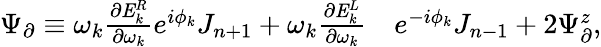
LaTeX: \begin{array}{rl}{\Psi_{\partial}\equiv\omega_{k}\frac{\partial\mathit{{E}}_{k}^{R}}{\partial\omega_{k}}e^{i\phi_{k}}J_{n+1}+\omega_{k}\frac{\partial\mathit{{E}}_{k}^{L}}{\partial\omega_{k}}}&{e^{-i\phi_{k}}J_{n-1}+2\Psi_{\partial}^{z},}\end{array}